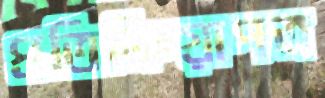
প্রতিক্রিয়াপত্র